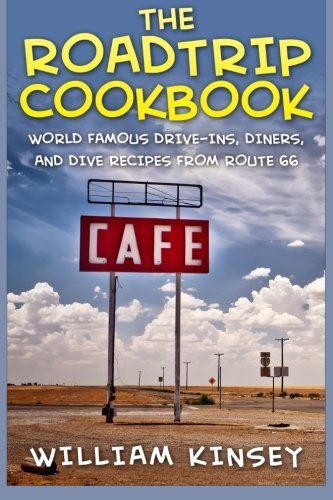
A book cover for The Roadtrip Cookbook: World Famous Drive-Ins, Diners, and Dive Recipes from Route 66; William Kinsey; Cookbooks, Food & Wine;